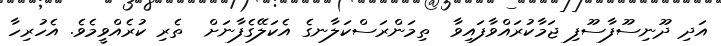
އަދި ދޫނިސޫފާސޫފި ޖަމާކުރައްވާފައިވާ  ތިމަންރަސްކަލާނގެ އެކަލޭގެފާނަށް  ތެރި ކުރެއްވީމެވެ. އެހުރިހާ